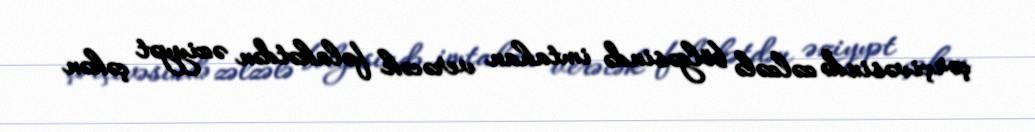
çərçivəsində zəlzələ bölgəsində imtahan verəcək fəlakətdən əziyyət çəkən